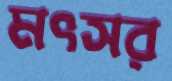
মৎসর